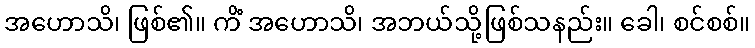
အဟောသိ၊ ဖြစ်၏။ ကိံ အဟောသိ၊ အဘယ်သို့ဖြစ်သနည်း။ ခေါ၊ စင်စစ်။